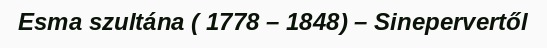
Esma szultána ( 1778 – 1848) – Sinepervertől